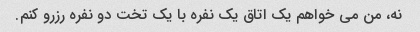
نه، من می خواهم یک اتاق یک نفره با یک تخت دو نفره رزرو کنم.